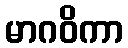
မာဂဝိကာ